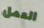
العمل